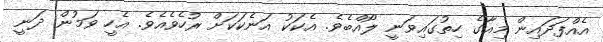
އެއްފަދައިން މިއާގެ ހިތުގައިވަނީ ލޯއްބެވެ. އެކަކު އަނެކަކަށް ރުހެވެއެވެ. އެހީ ވަމުން ދަނީ